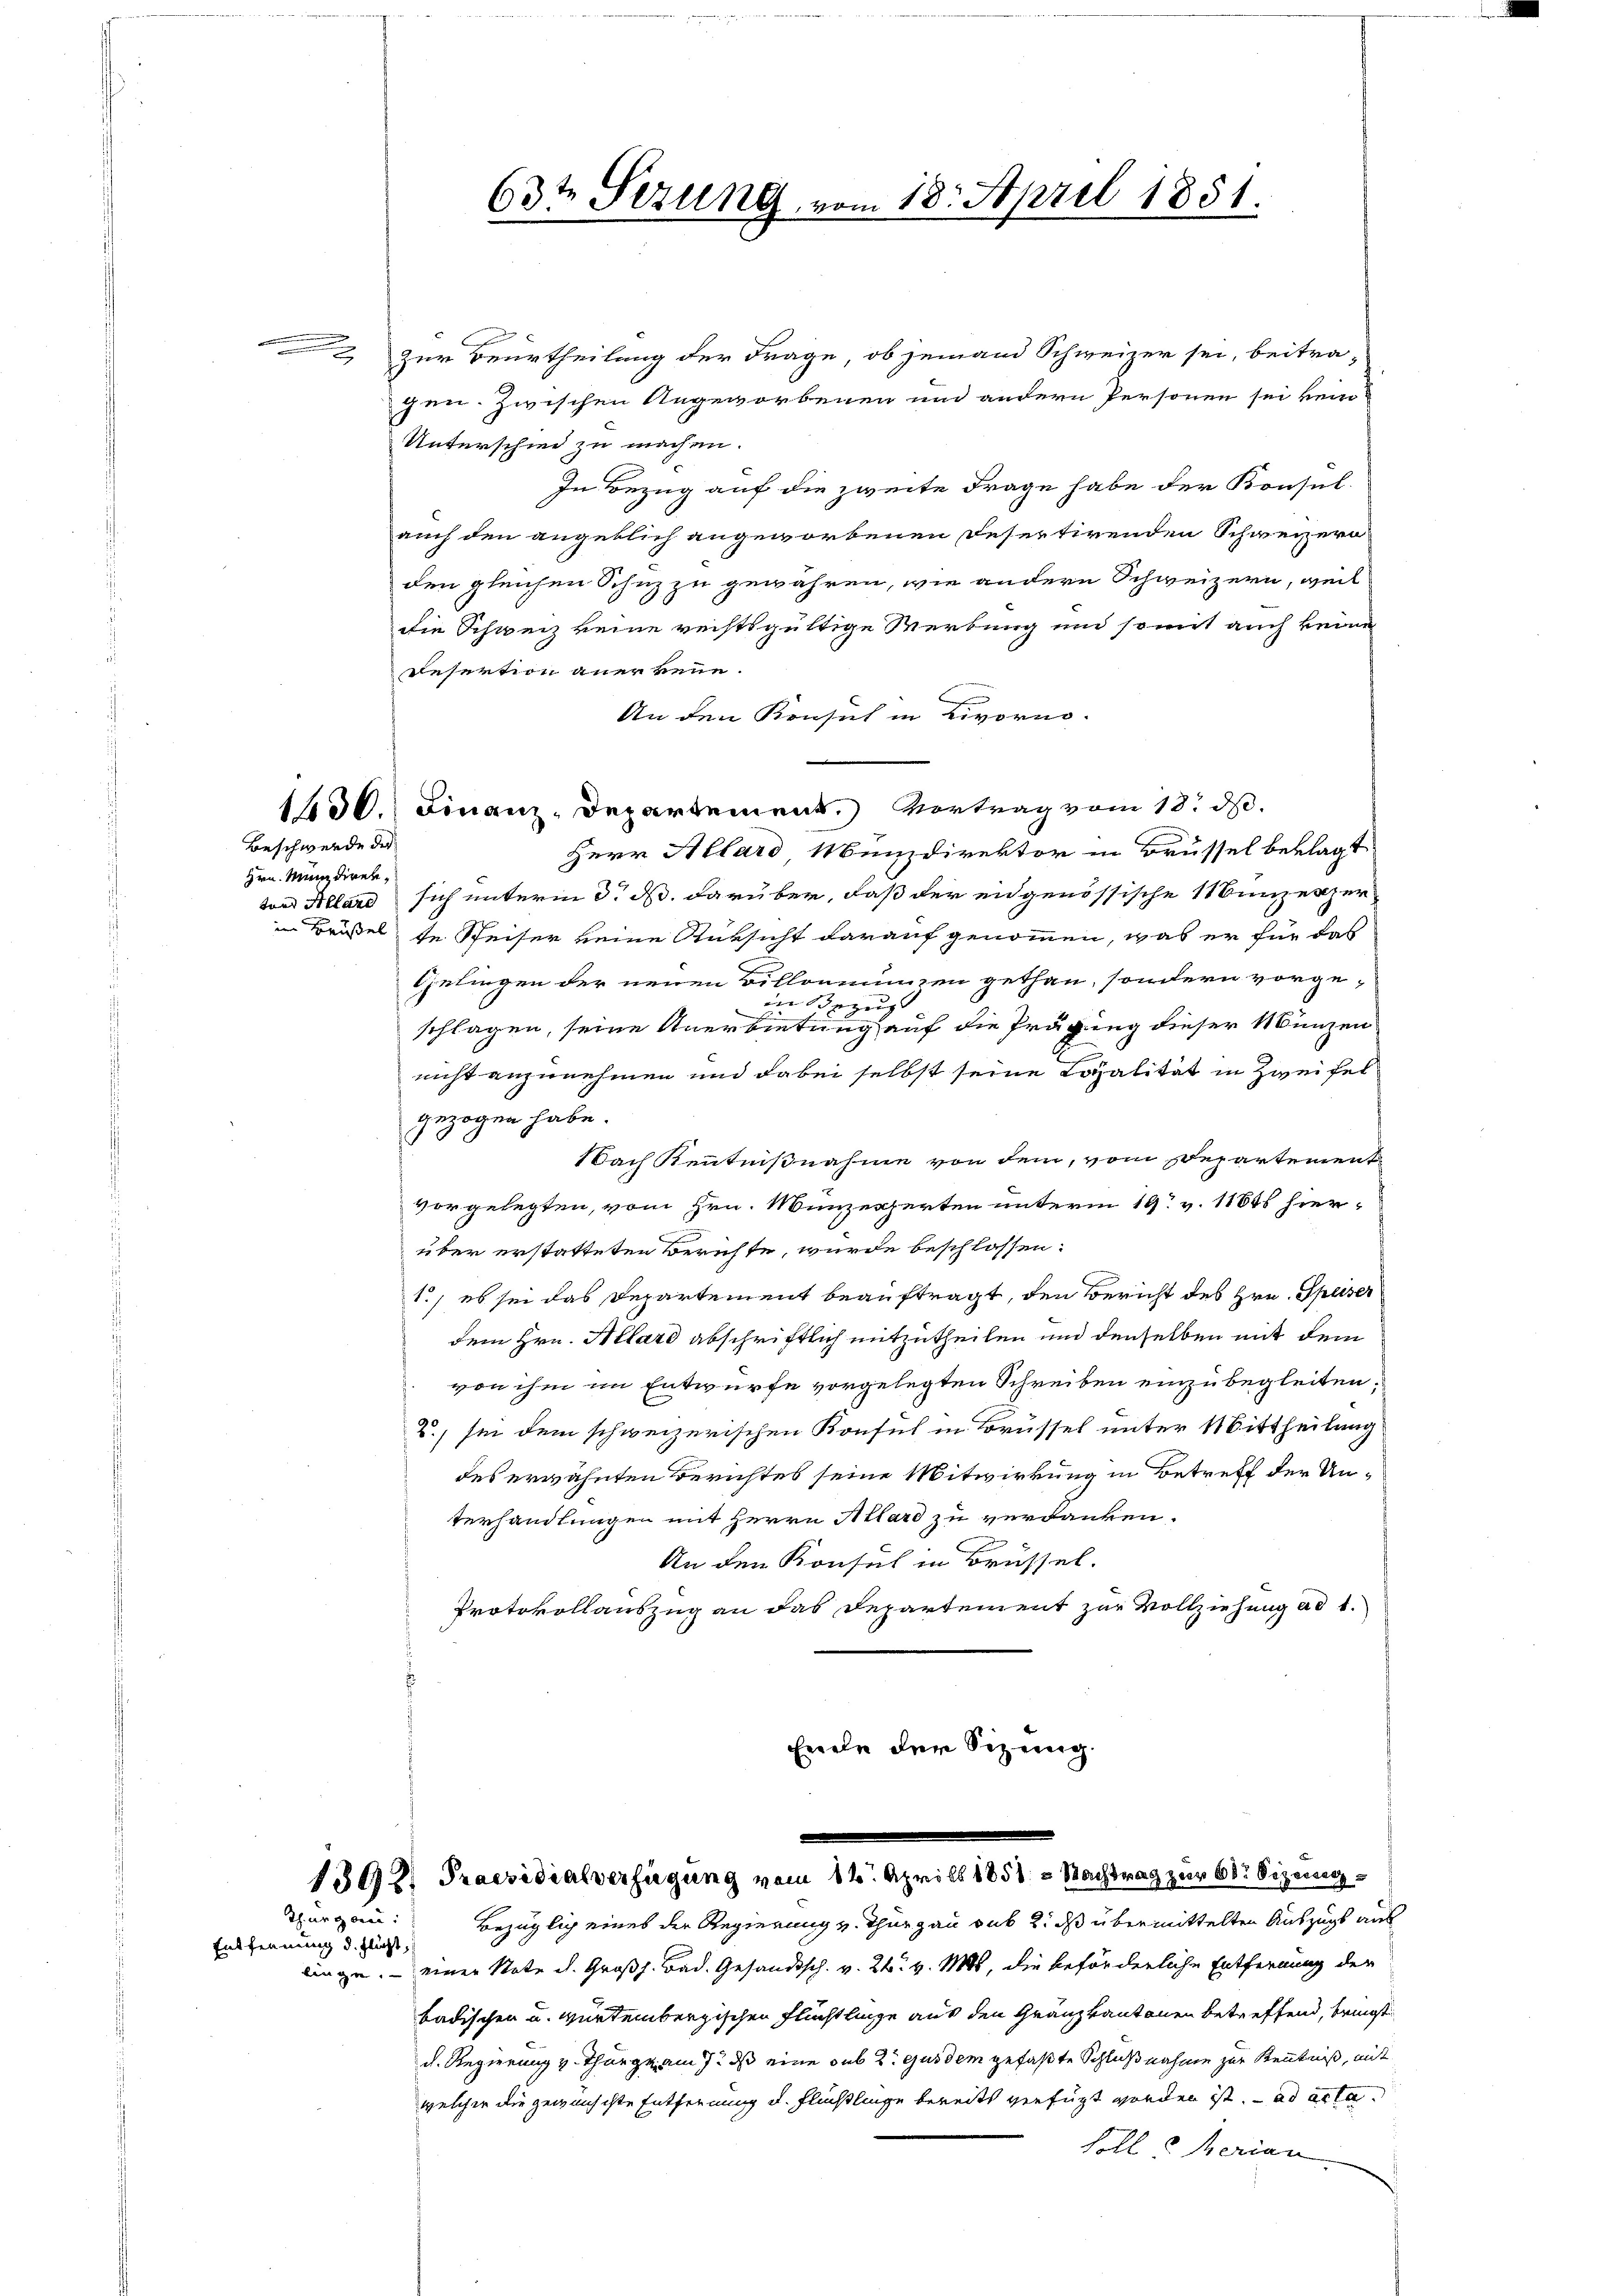
Beschwerde der
Hrn. Mundiren¬

Thurgau:
Entfernung d. flücht,

zur Beurtheilung der Frage, ob jemand Schweizer sei, beitragen. Zwischen Angeworbenen und andern Personen sei kein
Unterschied zu machen.
In Bezug auf die zweite Frage habe der Konsul-
auch den angeblich angeworbenen Desertirenden Schweizern
den gleichen Schuz zu gewähren, wie anderen Schweizern, weil
die Schweiz keine rechtsgültige Werbung und somit auch keine
Desertion anerkenne.
An den Konsich in Livorno-
Herr Allard Münzdirektor in Brüssel beklagt
ton Allard sich unterm 3. ds. darüber, daß der eidgenössische Münzexper
in Brösel, in Speiser keine Rüksicht darauf genommen, was er für das
Geliegen der neuen Billonmunzen gethan, sondern vorge-
im Bezeug
e
schlagen, seine Anerbietung auf die Prägung dieser Münzen
nicht anzunehmen und dabei selbst seine Losalität in Zweifel
gezogen habe.
.
Nach Kenntnißnahme von dem, vom Departement
vorgelegten, vom Hrn. Münzexperten unterm 19. v. 11845 hierüber erstatteten Berichte, wurde beschlossen:
1., es sei das Departement beauftragt, den Bericht des Hrn. Speiser
dem Hrn. Allard abschriftlich mitzutheilen und denselben mit dem
von ihm im Entwurfe vorgelegten Schreiben einzubegleiten.
2., sie dem schweizerischen Konsul in Brüssel unter 11 Bittheilung
des erwähnten Berichtes seine Mitwirkung in Betreff der Unterhandlungen mit Herrn Allard zu verdanken.
An den Konsul in Brüssel.
Protokollauszug an das Departement zur Vollziehung ad 1.
.
Euele der Sitzung.

63te Sezung vom 18. April 1851.

1430.) Finanz-Departement.) Vortrag vom 18. d.

1392. Praesidialverfügung vom 14. Aprill 1858 - Nachtrag zur 61 Sizeig¬

Bezüglich eines der Regierung v. Thurgau sub 2. ds übermittelten Auszugs aus
linge. — einer Note d. Großh. Bad. Gesandtsch. v. 24. v. Mts, die beförderliche Entfernung der
badischen u. würtembergischen Flüchtlinge aus den Gränzkantonen betreffend, bringt
d. Regierung v. Thung am 7. ds eine sub 2. ejusdem gefaßte Schlußnahme zur Kenntniß, mit
welcher die gewünschte Entfernung u. Flüßlinge bereits verfügt worden ist.  ad acta
Solle Ferian